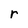
Character: r